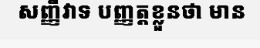
សញ្ញីវាទ បញ្ញត្តខ្លួនថា មាន